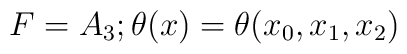
F=A_{3};\theta (x)=\theta (x_{0},x_{1},x_{2})